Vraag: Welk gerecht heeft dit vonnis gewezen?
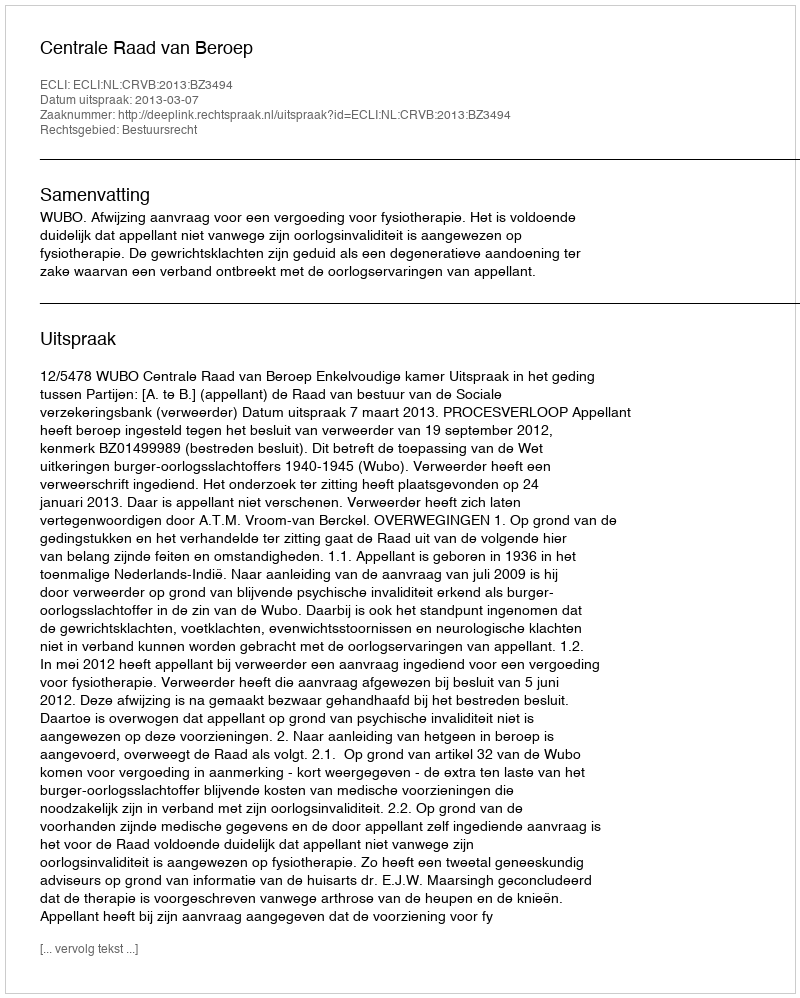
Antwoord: Centrale Raad van Beroep